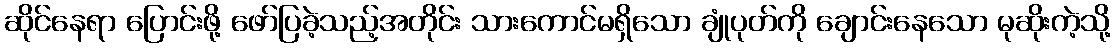
ဆိုင်နေရာ ပြောင်းဖို့ ဖော်ပြခဲ့သည့်အတိုင်း သားကောင်မရှိသော ချုံပုတ်ကို ချောင်းနေသော မုဆိုးကဲ့သို့